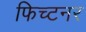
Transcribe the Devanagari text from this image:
फिच्टनर